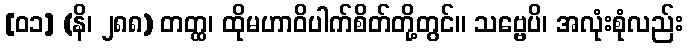
[၀၁] (နိ၊ ၂၈၈) တတ္ထ၊ ထိုမဟာဝိပါက်စိတ်တို့တွင်။ သဗ္ဗေပိ၊ အလုံးစုံလည်း